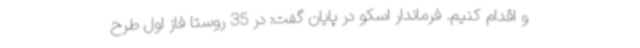
و اقدام کنیم. فرماندار اسکو در پایان گفت: در 35 روستا فاز اول طرح